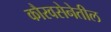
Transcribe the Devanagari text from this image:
कौरवसेनेतील